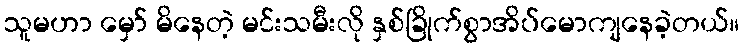
သူမဟာ မှော် မိနေတဲ့ မင်းသမီးလို နှစ်ခြိုက်စွာအိပ်မောကျနေခဲ့တယ်။